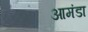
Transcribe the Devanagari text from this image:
आमंडा